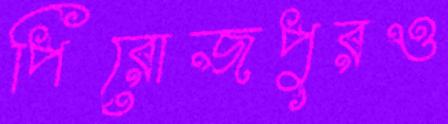
পিরোজপুরও